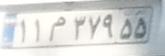
۱۱م۳۷۹۵۵